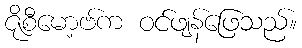
ဇိုစီမော့ဗ်က ဝင်ဖျန်ဖြေသည်။